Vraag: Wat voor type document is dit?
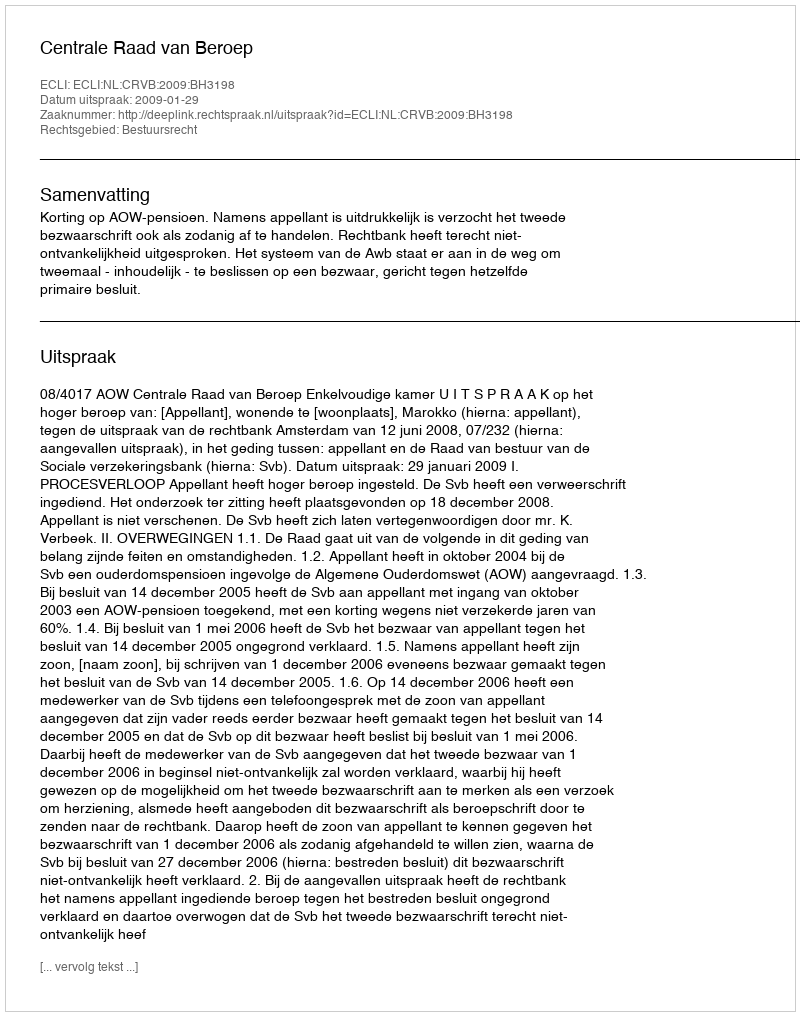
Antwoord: Uitspraak